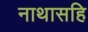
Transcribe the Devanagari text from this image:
नाथासहि